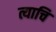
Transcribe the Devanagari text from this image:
त्याचि